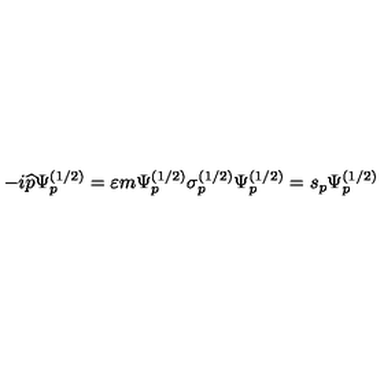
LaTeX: - i \widehat { p } \Psi _ { p } ^ { ( 1 / 2 ) } = \varepsilon m \Psi _ { p } ^ { ( 1 / 2 ) } \sigma _ { p } ^ { ( 1 / 2 ) } \Psi _ { p } ^ { ( 1 / 2 ) } = s _ { p } \Psi _ { p } ^ { ( 1 / 2 ) }